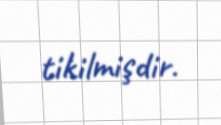
tikilmişdir.